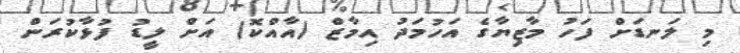
މި ލަނޑަށް ފަހު މާޒިޔާގެ އަހުމަދު އިމާޒް (އާއްކޮ) އަށް ލީޑު ފުޅާކުރަން